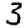
Digit: 3